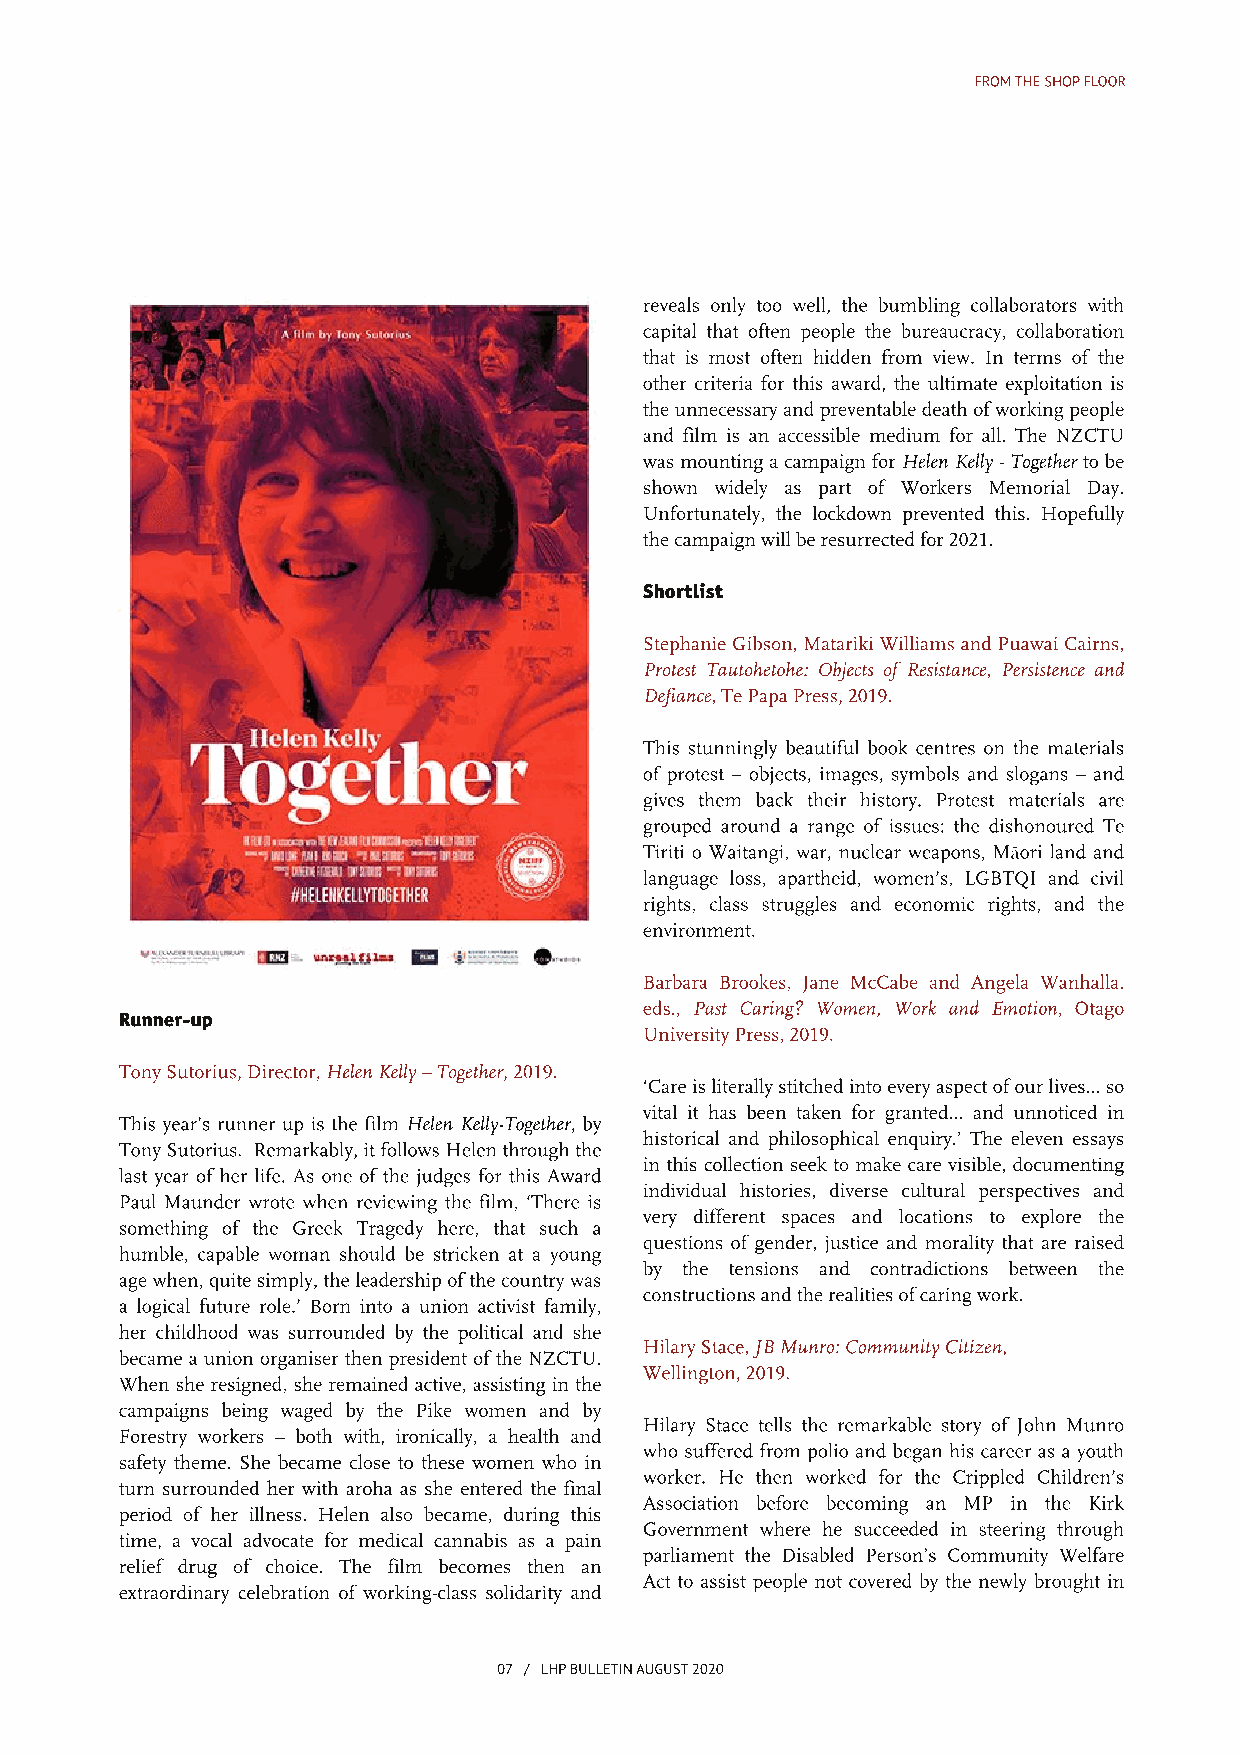
FROMTHESHOPFLOOR
 reveals only too well, the bumbling collaborators with
 capital that often people the bureaucracy, collaboration
 that is most often hidden from view. In terms of the
 other criteria for this award, the ultimate exploitation is
 theunnecessaryandpreventabledeathofworkingpeople
 and film is an accessible medium for all. The NZCTU
 was mountingacampaignforHelenKelly-Togetherto be
 shown widely as part of Workers Memorial Day.
 Unfortunately, the lockdown prevented this. Hopefully
 thecampaignwillberesurrectedfor2021.
 Shortlist
 Stephanie Gibson, MatarikiWilliams andPuawaiCairns,
 Protest Tautohetohe: Objects ofResistance, Persistence and
 Defiance,TePapaPress,2019.
 This stunningly beautiful book centres on the materials
 ofprotest – objects, images, symbols and slogans – and
 gives them back their history. Protest materials are
 grouped around a range of issues: the dishonoured Te
 Tiriti o Waitangi, war, nuclear weapons, Māori land and
 language loss, apartheid, women’s, LGBTQI and civil
 rights, class struggles and economic rights, and the
 environment.
 Barbara Brookes, Jane McCabe and Angela Wanhalla.
 eds., Past Caring? Women, Work and Emotion, Otago
 Runner-up
 UniversityPress,2019.
 TonySutorius,Director,HelenKelly–Together,2019.
 ‘Careis literallystitchedintoeveryaspectofourlives... so
 vital it has been taken for granted… and unnoticed in
 This year’s runner up is the film Helen Kelly-Together, by
 historical and philosophical enquiry.’ The eleven essays
 TonySutorius. Remarkably, itfollows Helenthroughthe
 in this collection seek to make care visible, documenting
 last year ofher life. As one ofthe judges for this Award
 individual histories, diverse cultural perspectives and
 Paul Maunder wrote when reviewing the film, ‘There is
 very different spaces and locations to explore the
 something of the Greek Tragedy here, that such a
 questions ofgender, justice and morality that are raised
 humble, capable woman should be stricken at a young
 by the tensions and contradictions between the
 agewhen, quitesimply, theleadershipofthecountrywas
 constructionsandtherealitiesofcaringwork.
 a logical future role.’ Born into a union activist family,
 her childhood was surrounded by the political and she
 HilaryStace,JBMunro:CommunityCitizen,
 became a union organiserthen presidentofthe NZCTU.
 Wellington,2019.
 When she resigned, she remained active, assisting in the
 campaigns being waged by the Pike women and by
 Hilary Stace tells the remarkable story of John Munro
 Forestry workers – both with, ironically, a health and
 who suffered from polio and began his career as a youth
 safety theme. She became close to these women who in
 worker. He then worked for the Crippled Children’s
 turn surrounded her with aroha as she entered the final
 Association before becoming an MP in the Kirk
 period of her illness. Helen also became, during this
 Government where he succeeded in steering through
 time, a vocal advocate for medical cannabis as a pain
 parliament the Disabled Person’s Community Welfare
 relief drug of choice. The film becomes then an
 Act to assist people not covered by the newly brought in
 extraordinary celebration ofworking-class solidarity and
 07 / LHPBULLETINAUGUST2020